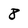
Character: 8